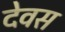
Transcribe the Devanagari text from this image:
देवस